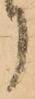
り